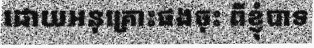
ដោយអនុគ្រោះផងចុះ ពីខ្ញុំបាទ